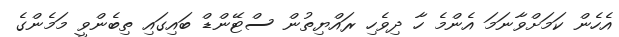
އެހެން ކަމަށްވާނަމަ އެންމެ ހާ ދިވެހި ރައްޔިތުން ސްޓޭންޑް ބައިގައި ތިބެންވީ މަމެންގެ